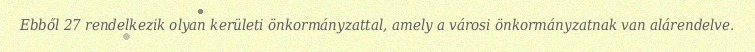
Ebből 27 rendelkezik olyan kerületi önkormányzattal, amely a városi önkormányzatnak van alárendelve.